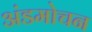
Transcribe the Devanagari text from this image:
अंडमोचन